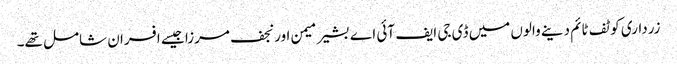
زرداری کو ٹف ٹائم دینے والوں میں ڈی جی ایف آئی اے بشیر میمن اور نجف مرزا جیسے افسران شامل تھے۔